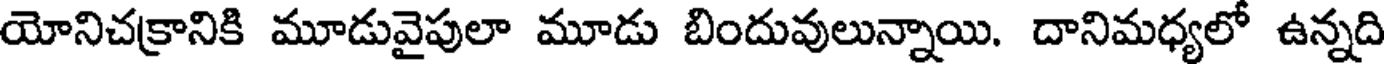
యోనిచక్రానికి మూడువైపులా మూడు బిందువులున్నాయి. దానిమధ్యలో ఉన్నది